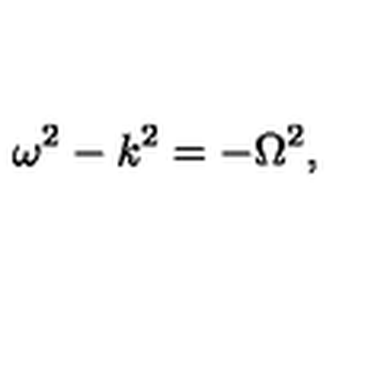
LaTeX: \omega ^ { 2 } - k ^ { 2 } = - \Omega ^ { 2 } ,